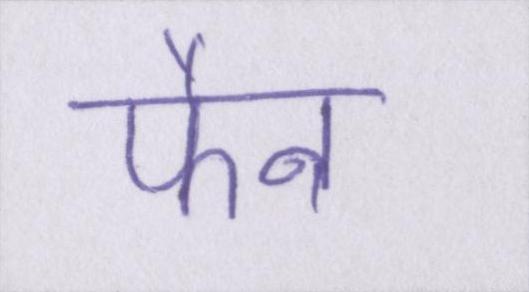
फैन